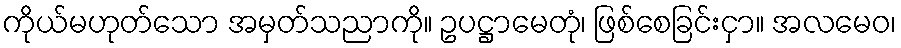
ကိုယ်မဟုတ်သော အမှတ်သညာကို။ ဥပဋ္ဌာမေတုံ၊ ဖြစ်စေခြင်းငှာ။ အလမေဝ၊